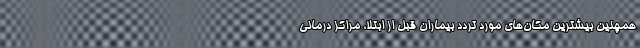
همچنین بیشترین مکان‌های مورد تردد بیماران قبل از ابتلا، مراکز درمانی